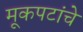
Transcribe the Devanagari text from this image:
मूकपटांचे